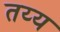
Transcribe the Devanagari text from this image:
तय्य